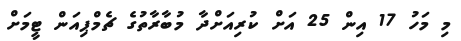
މި މަހު 17 އިން 25 އަށް ކުރިއަށްދާ މުބާރާތުގެ ޗެމްޕިއަން ޓީމަށް